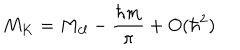
M _ { K } = M _ { c l } - \frac { \hbar m } { \pi } + O ( \hbar ^ { 2 } )